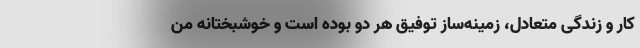
کار و زندگی متعادل، زمینه‌ساز توفیق هر دو بوده است و خوشبختانه من